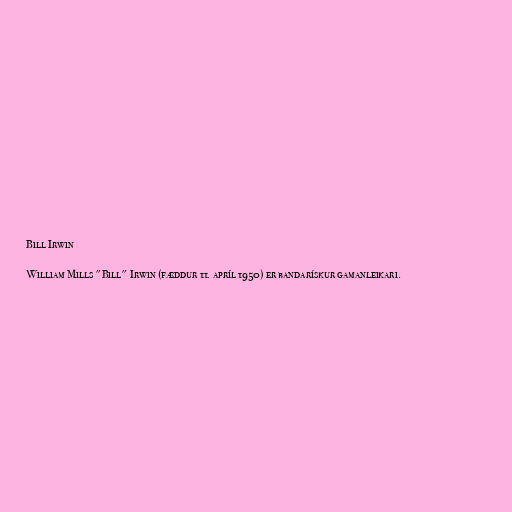
Bill Irwin

William Mills "Bill" Irwin (fæddur 11. apríl 1950) er bandarískur gamanleikari.